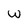
Character: W